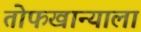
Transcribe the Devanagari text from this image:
तोफखान्याला